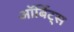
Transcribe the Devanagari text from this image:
ऑर्बिट्स